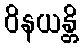
ဝိနယန္တိ